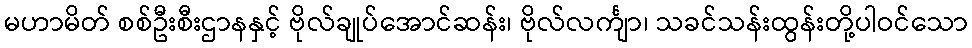
မဟာမိတ် စစ်ဦးစီးဌာနနှင့် ဗိုလ်ချုပ်အောင်ဆန်း၊ ဗိုလ်လင်္ကျာ၊ သခင်သန်းထွန်းတို့ပါဝင်သော